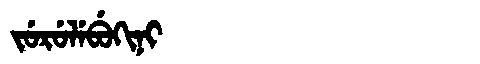
Manchu: ᠵᡠᡵᡠᠯᡝᠪᡠᡴᡳᠨᡳ
Romanization: JURULEBUKINI